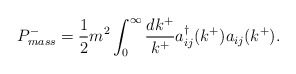
\begin{align*}P^-_{mass} = \frac{1}{2}m^2 \int_0^{\infty} \frac{dk^+}{k^+} a_{ij}^{\dagger}(k^+) a_{ij}(k^+).\end{align*}